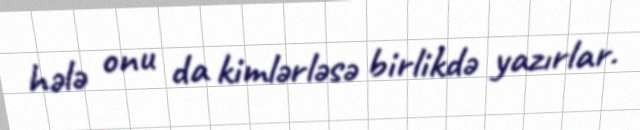
hələ onu da kimlərləsə birlikdə yazırlar.